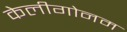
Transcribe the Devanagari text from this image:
केलीगोनम